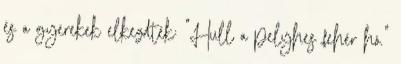
és a gyerekek elkezdték: "Hull a pelyhes fehér hó."